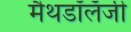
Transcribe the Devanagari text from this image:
मैथडॉलॅजी